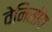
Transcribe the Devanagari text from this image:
वेनिसीय